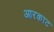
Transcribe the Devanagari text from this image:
आरकाट